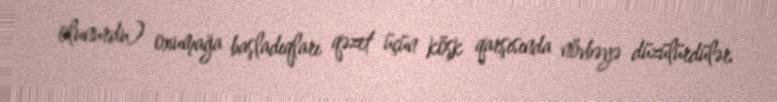
olunurdu) oxumağa başladıqları qəzet üçün köşk qarşısında növbəyə düzülürdülər.